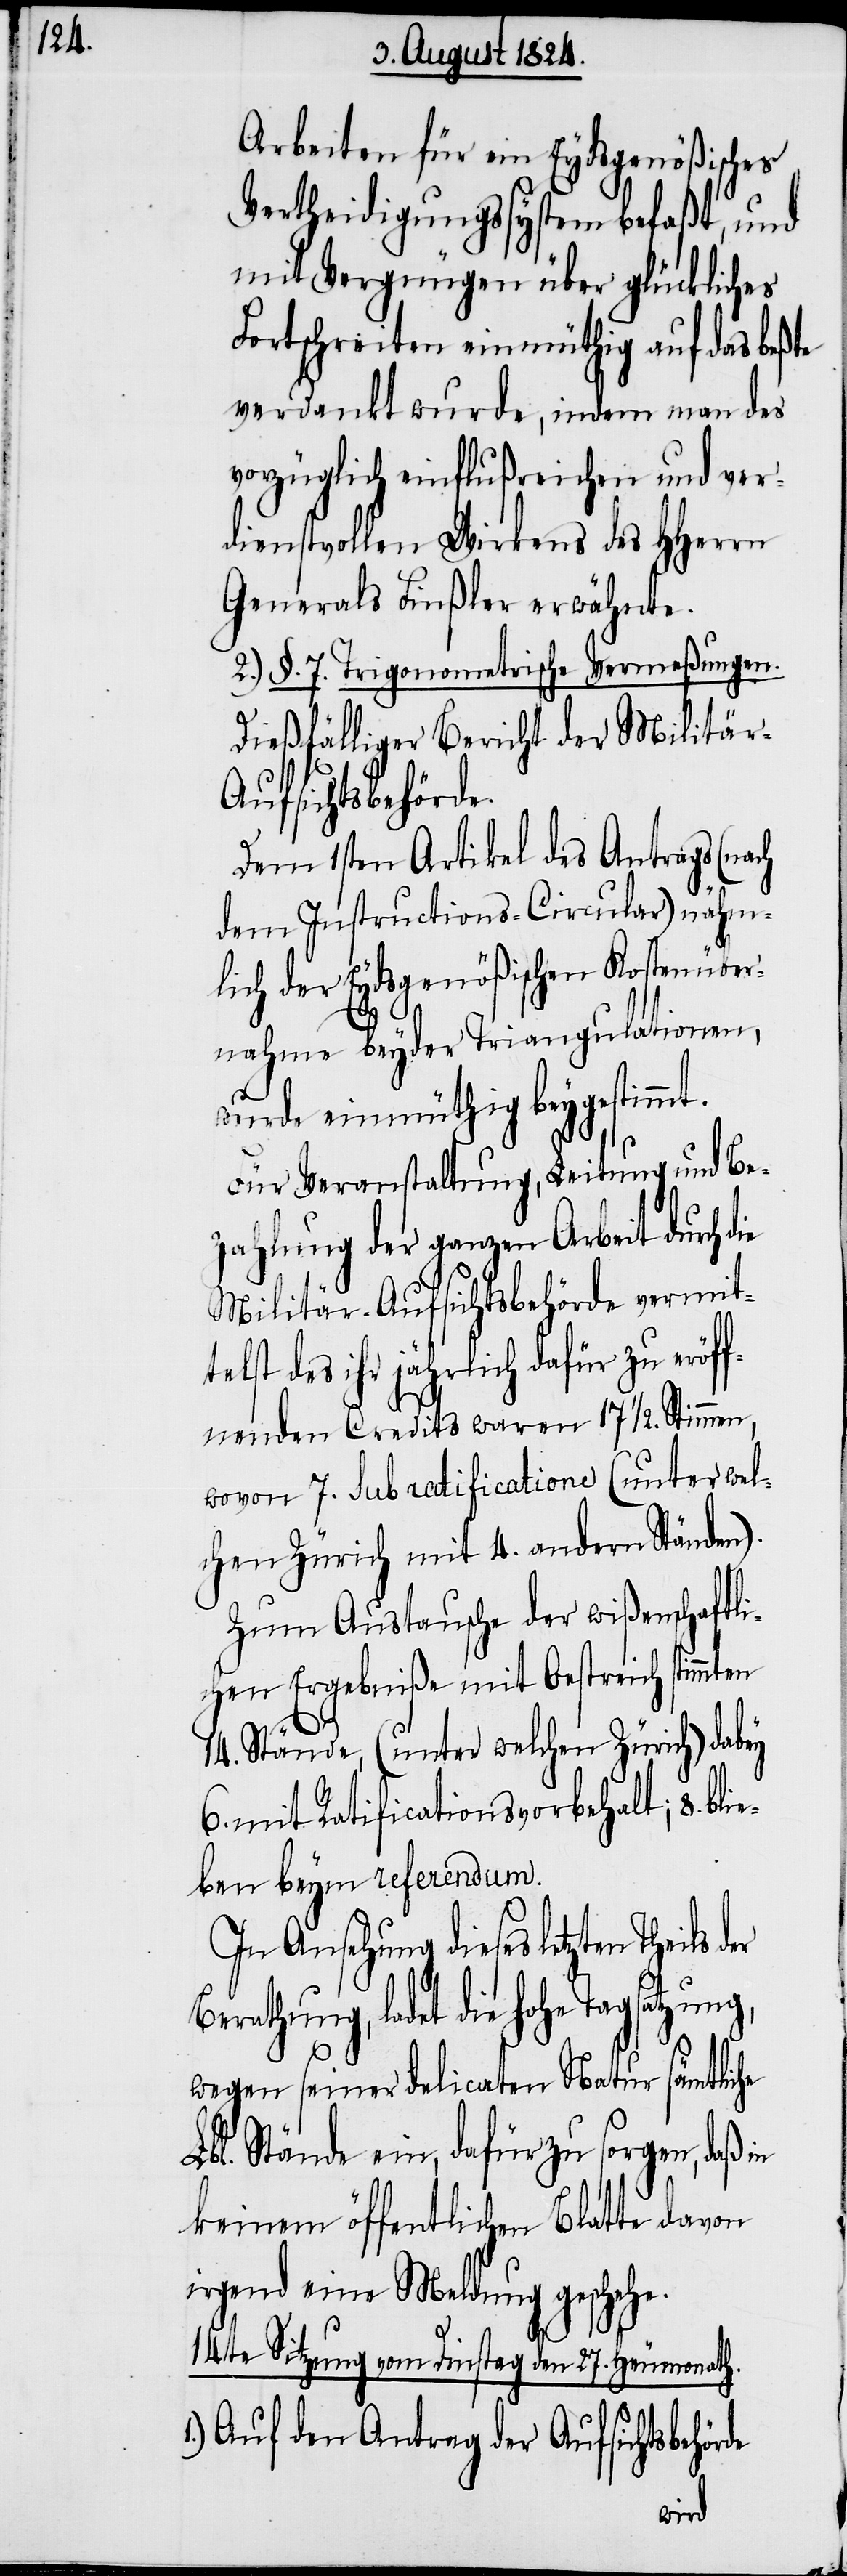
Arbeiten für ein Eydsgenößisches
Vertheidigungsystem befaßt, und
mit Vergnügen über glückliches
Fortschreiten einmüthig auf das beßte
verdankt wurde, indem man des
vorzüglich einflußreichen und ver¬
dienstvollen Wirkens des HHerrn
Generals Finßler erwähnte.
2.) §. 7. Trigonometrische Vermeßungen.
Dießfälliger Bericht der Militär-A¬
ufsichtsbehörde.
Dem 1sten Artikel des Antrags (nach
dem Instructions-Circular) nähm¬
lich der Eydsgenößischen Kostenüber¬
nahme beyder Triangulationen,
wurde einmüthig beygestimmt.
Für Veranstaltung, Leitung und Be¬
zahlung der ganzen Arbeit durch d¬
Militär-Aufsichtsbehörde vermit¬
telst des ihr jährlich zu eröff¬
nenden Credits waren 17 ½. Stimmen,
wovon 7. sub ratificatione (unter wel¬
chen Zürich mit 4. andern Ständen).
Zum Austausche der wißenschaftli¬
chen Ergebniße mit Oestreich stimmten
14. Stände, (unter welchen Zürich) dabey
6. mit Ratificationsvorbehalt; 8. bli¬
eben beym referendum.
In Ansehung dieses letzten Theils
Berathung, ladet die hohe Tagsatzung,
wegen seiner delicaten Natur sämtliche
Lbl. Stände ein, dafür zu sorgen, daß in
keinem öffentlichen Blatte davon
irgend eine Meldung geschehe.
14te Sitzung von Dienstag den 27. Heumonath.
1.) Auf den Antrag der Aufsichtsbehörde
ie